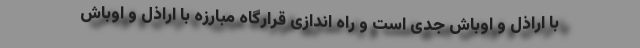
با اراذل و اوباش جدی است و راه اندازی قرارگاه مبارزه با اراذل و اوباش